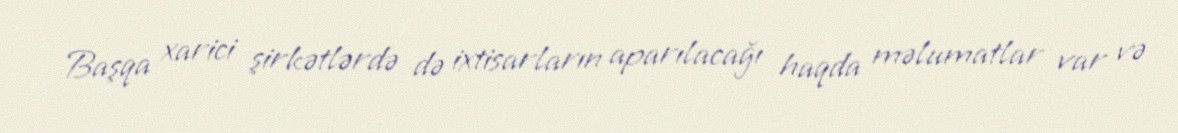
Başqa xarici şirkətlərdə də ixtisarların aparılacağı haqda məlumatlar var və